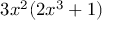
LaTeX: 3 x ^ { 2 } ( 2 x ^ { 3 } + 1 )